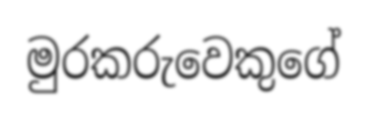
මුරකරුවෙකුගේ